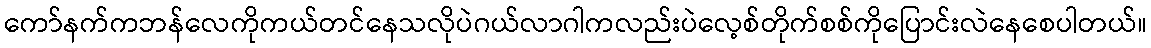
ကော်နက်ကဘန်လေကိုကယ်တင်နေသလိုပဲဂယ်လာဂါကလည်းပဲလေ့စ်တိုက်စစ်ကိုပြောင်းလဲနေစေပါတယ်။